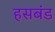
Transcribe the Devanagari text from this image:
हसबंड